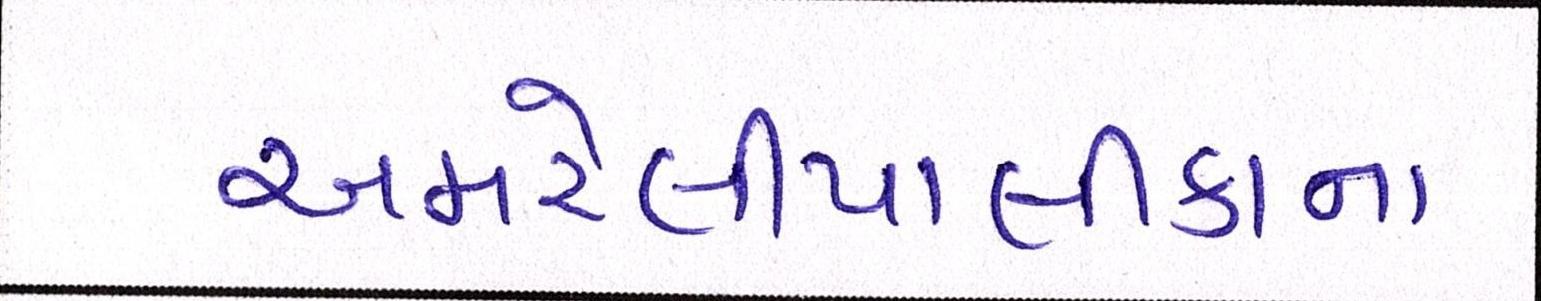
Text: અમરેલીપાલીકાના